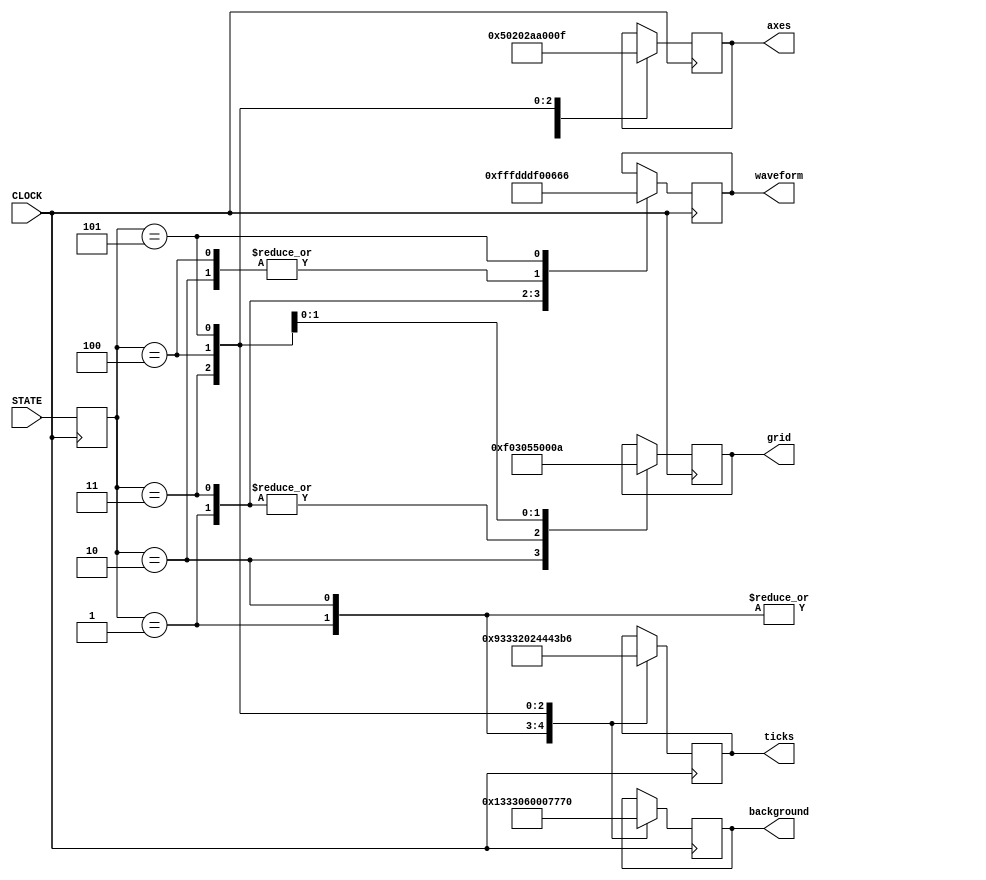
`timescale 1ns / 1ps
/**
 * Color Selector Module
 * Gets input state from Mode_Selector module
 * Outputs relevant 12bit color reg for printing
 */

module Colour_Selector(
    input CLOCK,
    input [2:0] STATE,
    
    output reg [11:0] background,
    output reg [11:0] waveform,
    output reg [11:0] axes,
    output reg [11:0] grid,
    output reg [11:0] ticks
    );
    
    reg [2:0] state;
    
    always @ (posedge CLOCK) begin
    state <= STATE;
    case (state)
        1: begin 
            background <= 1;
            waveform <= 12'hFFF;
            axes <= 12'h050;
            grid <= 12'h030;
            ticks <= 12'h009;
        end
        
        2: begin
            background <= 12'h333;
            waveform <= 12'hF00;
            axes <= 12'h050;
            grid <= 12'h00F;
            ticks <= 12'h333;
        end
        
        3: begin
            background <= 12'h060;
            waveform <= 12'hDDD;
            axes <= 12'h202;
            grid <= 12'h030;
            ticks <= 12'h202;
        end
        
        4: begin
            background <= 12'h007;
            waveform <= 12'hF00;
            axes <= 12'hAA0;
            grid <= 12'h550;
            ticks <= 12'h444;
        end
        
        5: begin
            background <= 12'h770;
            waveform <= 12'h666;
            axes <= 12'h00F;
            grid <= 12'h00A;
            ticks <= 12'h3B6;
        end
    endcase
        
    end
endmodule